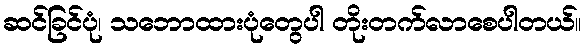
ဆင်ခြင်ပုံ၊ သဘောထားပုံတွေပါ တိုးတက်လာစေပါတယ်။